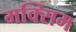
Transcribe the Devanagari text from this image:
मक्सिम